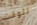
للوقت